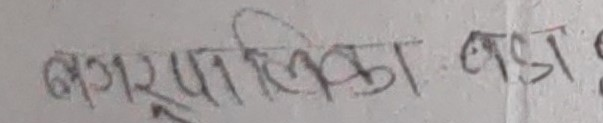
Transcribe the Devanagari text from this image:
नगरपालिका बडा